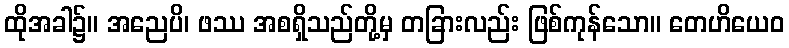
ထိုအခါ၌။ အညေပိ၊ ဖဿ အစရှိသည်တို့မှ တခြားလည်း ဖြစ်ကုန်သော။ တေဟိယေဝ